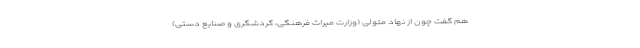
هم گفت چون از نهاد متولی (وزارت میراث فرهنگی، گردشگری و صنایع دستی)